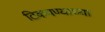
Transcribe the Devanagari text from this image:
टिकवण्याच्या